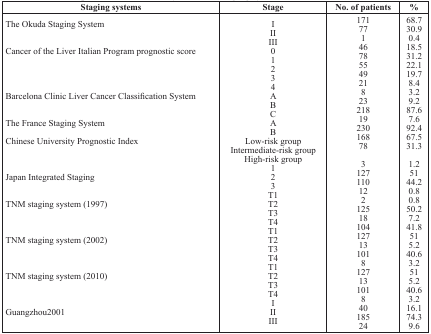
| Staging systems | Stage | No. of patients | % |
 | --- | --- | --- | --- |
 | The Okuda Staging System | IIIIII | 171771 | 68.730.90.4 |
 | Cancer of the Liver Italian Program prognostic score | 01234 | 4678554921 | 18.531.222.119.78.4 |
 | Barcelona Clinic Liver Cancer Classification System | ABC | 823218 | 3.29.287.6 |
 | The France Staging System | AB | 19230 | 7.692.4 |
 | Chinese University Prognostic Index | Low-risk groupIntermediate-risk groupHigh-risk group | 16878 | 67.531.3 |
 | Japan Integrated Staging | 123 | 3127110 | 1.25144.2 |
 | TNM staging system (1997) | T1T2T3T4 | 12212518 | 0.80.850.27.2 |
 | TNM staging system (2002) | T1T2T3T4 | 10412713101 | 41.8515.240.6 |
 | TNM staging system (2010) | T1T2T3T4 | 812713101 | 3.2515.240.6 |
 | Guangzhou2001 | IIIIII | 84018524 | 3.216.174.39.6 |